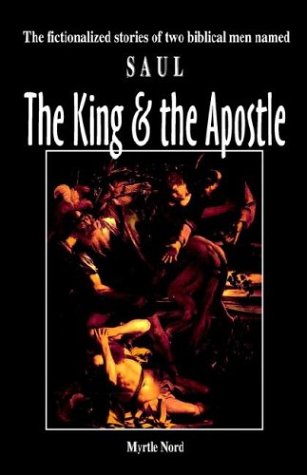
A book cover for The King and the Apostle; Myrtle Nord; Christian Books & Bibles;